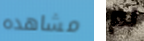
مشاهده لم